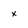
Character: x